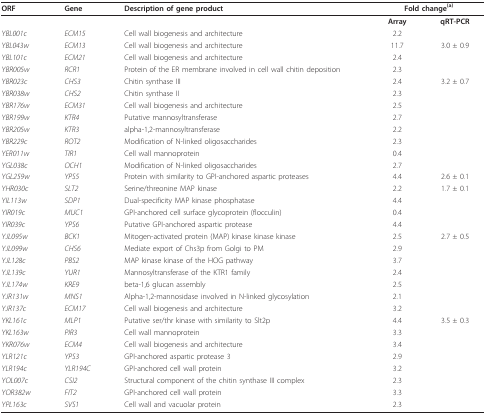
<table><thead><tr><td><b>ORF</b></td><td><b>Gene</b></td><td><b>Description of gene product</b></td><td colspan="2"><b>Fold change<sup>(a)</sup></b></td></tr></thead><tbody><tr><td></td><td></td><td></td><td><b>Array</b></td><td><b>qRT-PCR</b></td></tr><tr><td><i>YBL001c</i></td><td><i>ECM15</i></td><td>Cell wall biogenesis and architecture</td><td>2.2</td><td></td></tr><tr><td><i>YBL043w</i></td><td><i>ECM13</i></td><td>Cell wall biogenesis and architecture</td><td>11.7</td><td>3.0 ± 0.9</td></tr><tr><td><i>YBL101c</i></td><td><i>ECM21</i></td><td>Cell wall biogenesis and architecture</td><td>2.4</td><td></td></tr><tr><td><i>YBR005w</i></td><td><i>RCR1</i></td><td>Protein of the ER membrane involved in cell wall chitin deposition</td><td>2.3</td><td></td></tr><tr><td><i>YBR023c</i></td><td><i>CHS3</i></td><td>Chitin synthase III</td><td>2.4</td><td>3.2 ± 0.7</td></tr><tr><td><i>YBR038w</i></td><td><i>CHS2</i></td><td>Chitin synthase II</td><td>2.3</td><td></td></tr><tr><td><i>YBR176w</i></td><td><i>ECM31</i></td><td>Cell wall biogenesis and architecture</td><td>2.5</td><td></td></tr><tr><td><i>YBR199w</i></td><td><i>KTR4</i></td><td>Putative mannosyltransferase</td><td>2.7</td><td></td></tr><tr><td><i>YBR205w</i></td><td><i>KTR3</i></td><td>alpha-1,2-mannosyltransferase</td><td>2.2</td><td></td></tr><tr><td><i>YBR229c</i></td><td><i>ROT2</i></td><td>Modification of N-linked oligosaccharides</td><td>2.3</td><td></td></tr><tr><td><i>YER011w</i></td><td><i>TIR1</i></td><td>Cell wall mannoprotein</td><td>0.4</td><td></td></tr><tr><td><i>YGL038c</i></td><td><i>OCH1</i></td><td>Modification of N-linked oligosaccharides</td><td>2.7</td><td></td></tr><tr><td><i>YGL259w</i></td><td><i>YPS5</i></td><td>Protein with similarity to GPI-anchored aspartic proteases</td><td>4.4</td><td>2.6 ± 0.1</td></tr><tr><td><i>YHR030c</i></td><td><i>SLT2</i></td><td>Serine/threonine MAP kinase</td><td>2.2</td><td>1.7 ± 0.1</td></tr><tr><td><i>YIL113w</i></td><td><i>SDP1</i></td><td>Dual-specificity MAP kinase phosphatase</td><td>4.4</td><td></td></tr><tr><td><i>YIR019c</i></td><td><i>MUC1</i></td><td>GPI-anchored cell surface glycoprotein (flocculin)</td><td>0.4</td><td></td></tr><tr><td><i>YIR039c</i></td><td><i>YPS6</i></td><td>Putative GPI-anchored aspartic protease</td><td>4.4</td><td></td></tr><tr><td><i>YJL095w</i></td><td><i>BCK1</i></td><td>Mitogen-activated protein (MAP) kinase kinase kinase</td><td>2.5</td><td>2.7 ± 0.5</td></tr><tr><td><i>YJL099w</i></td><td><i>CHS6</i></td><td>Mediate export of Chs3p from Golgi to PM</td><td>2.9</td><td></td></tr><tr><td><i>YJL128c</i></td><td><i>PBS2</i></td><td>MAP kinase kinase of the HOG pathway</td><td>3.7</td><td></td></tr><tr><td><i>YJL139c</i></td><td><i>YUR1</i></td><td>Mannosyltransferase of the KTR1 family</td><td>2.4</td><td></td></tr><tr><td><i>YJL174w</i></td><td><i>KRE9</i></td><td>beta-1,6 glucan assembly</td><td>2.5</td><td></td></tr><tr><td><i>YJR131w</i></td><td><i>MNS1</i></td><td>Alpha-1,2-mannosidase involved in N-linked glycosylation</td><td>2.1</td><td></td></tr><tr><td><i>YJR137c</i></td><td><i>ECM17</i></td><td>Cell wall biogenesis and architecture</td><td>3.2</td><td></td></tr><tr><td><i>YKL161c</i></td><td><i>MLP1</i></td><td>Putative ser/thr kinase with similarity to Slt2p</td><td>4.4</td><td>3.5 ± 0.3</td></tr><tr><td><i>YKL163w</i></td><td><i>PIR3</i></td><td>Cell wall mannoprotein</td><td>3.3</td><td></td></tr><tr><td><i>YKR076w</i></td><td><i>ECM4</i></td><td>Cell wall biogenesis and architecture</td><td>3.4</td><td></td></tr><tr><td><i>YLR121c</i></td><td><i>YPS3</i></td><td>GPI-anchored aspartic protease 3</td><td>2.9</td><td></td></tr><tr><td><i>YLR194c</i></td><td><i>YLR194C</i></td><td>GPI-anchored cell wall protein</td><td>3.2</td><td></td></tr><tr><td><i>YOL007c</i></td><td><i>CSI2</i></td><td>Structural component of the chitin synthase III complex</td><td>2.3</td><td></td></tr><tr><td><i>YOR382w</i></td><td><i>FIT2</i></td><td>GPI-anchored cell wall protein</td><td>3.3</td><td></td></tr><tr><td><i>YPL163c</i></td><td><i>SVS1</i></td><td>Cell wall and vacuolar protein</td><td>2.3</td><td></td></tr></tbody></table>